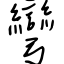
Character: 彎